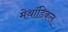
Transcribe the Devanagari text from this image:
मेथॉडिकल